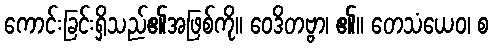
ကောင်းခြင်းရှိသည်၏အဖြစ်ကို။ ဝေဒိတဗ္ဗာ၊ ၏။ တေသံယေဝ၊ စ